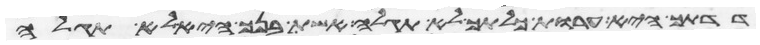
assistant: דדתך היא ערות כלתך לא תגלה אשת בנך היא לא תגלה